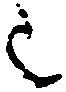
之